Vaccination Hyderabad 1872-1889 - 1872-1889
Year: 1872
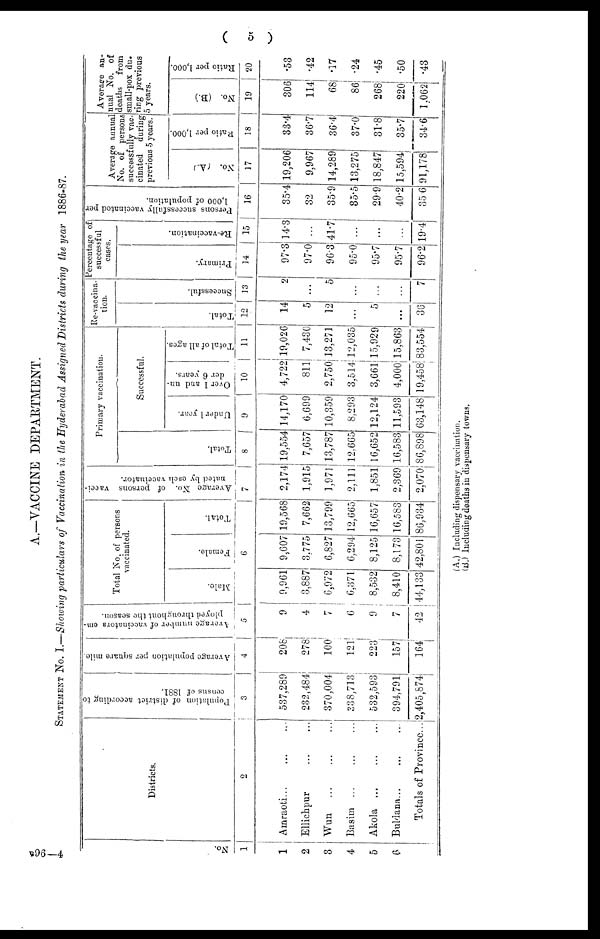
(
5
)
A.—VACCINE DEPARTMENT.
STATEMENT No. I.—Showing particulars of Vaccination in the Hyderabad Assigned Districts during the year 1886-87.
No.
1
1
2
3
4
5
6
Districts.
2
Amraoti... ... ...
Ellichpur
...
...
Wun
...
...
...
Basim
...
...
...
Akola
...
...
...
Buldana
...
...
...
Totals of Province...
Population of district according to
census of 1881.
3
537,289
232,484
370,004
338,713
532,593
394,791
2,405,874
Average population per square mile.
4
208
278
100
121
223
157
164
Average number of vaccinators em-
ployed throughout the season.
5
9
4
7
6
9
7
42
Total No. of persons
vaccinated.
Male.
Female.
Total.
6
9,961
3,887
6,972
6,371
8,532
8,410
44,133
9,607
3,775
6,827
6,294
8,125
8,173
42,801
19,568
7,662
13,799
12,665
16,657
16,583
86,934
Average No. of persons vacci-
nated by each vaccinator.
7
2,174
1,915
1,971
2,111
1,851
2,369
2,070
Primary vaccination.
Total.
8
19,554
7,657
13,787
12,665
16,652
16,583
86,898
Successful.
Under 1 year.
9
14,170
6,699
10,359
8,293
12,124
11,593
63,148
Over 1 and un-
der 6 years.
10
4,722
811
2,750
3,514
3,661
4,000
19,458
Total of all ages.
11
19,026
7,430
13,271
12,035
15,929
15,863
83,554
Re-vaccina-
tion.
Total.
12
14
5
12
...
5
...
36
Successful.
13
2
...
5
...
...
...
7
Percentage of
successful
cases.
Primary.
14
97.3
97.0
96.3
95.0
95.7
95.7
96.2
Re-vaccination.
15
14.3
...
41.7
...
...
...
19.4
Persons successfully vaccinated per
1,000 of population.
16
35.4
32
35.9
35.5
29.9
40.2
35.6
Average annual
No. of persons
successfully vac-
cinated during
previous 5 years.
No. (A.)
17
19,206
9,967
14,289
13,275
18,847
15,594
91,178
Ratio per 1,000.
18
33.4
36.7
36.4
37.0
31.8
35.7
34.6
Average an-
nual No. of
deaths from
small-pox du¬
ring previous
5 years.
No. (B.)
19
306
114
68
86
268
220
1,062
Ratio per 1,000.
20
.53
.42
.17
.24
.45
.50
.43
(A.) Including dispensary vaccination.
(B.) Including deaths in dispensary towns.
B96—4